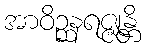
အာဝိဉ္ဆနရဇ္ဇုန္တိ